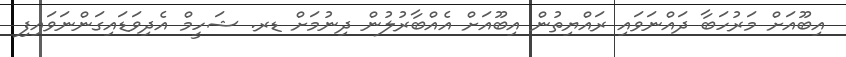
އިބޫއަށް މަރުހަބާ ދައްނަވައި ރައްޔިތުން އިބޫއަށް އެއްބާރުލުން ދިނުމަށް ޑރ. ޝަހީމް އެދިވަޑައިގަންނަވައިފި